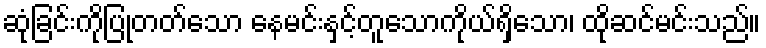
ဆုံခြင်းကိုပြုတတ်သော နေမင်းနှင့်တူသောကိုယ်ရှိသော၊ ထိုဆင်မင်းသည်။